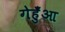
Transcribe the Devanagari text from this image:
गेहुँआ